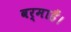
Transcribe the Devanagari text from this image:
वर्माहैं।